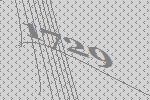
1729